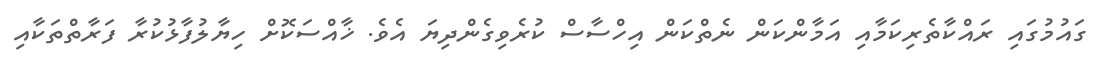
ގައުމުގައި ރައްކާތެރިކަމާއި އަމާންކަން ނެތްކަން އިހްސާސް ކުރެވިގެންދިޔަ އެވެ. ޚާއްސަކޮށް ހިޔާލުފާޅުކުރާ ފަރާތްތަކާއި